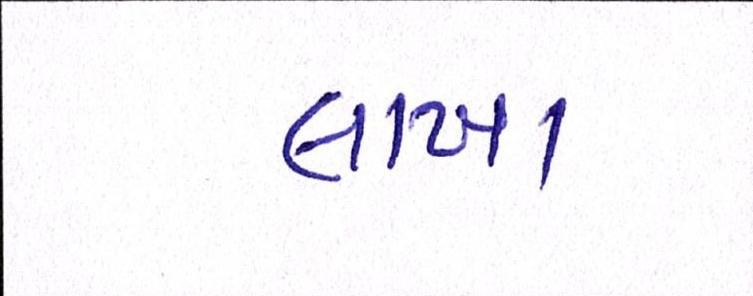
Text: લાખા